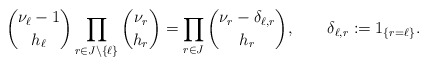
\begin{align*}\binom{\nu_{\ell}-1}{h_{\ell}}\prod_{r\in J\setminus\{\ell\}}\binom{\nu_r}{h_r}=\prod_{r\in J}\binom{\nu_r-\delta_{\ell,r}}{h_r},\qquad\delta_{\ell,r}:=1_{\{r=\ell\}}.\end{align*}